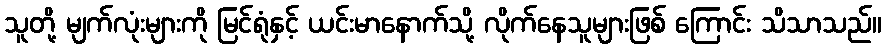
သူတို့ မျက်လုံးများကို မြင်ရုံနှင့် ယင်းမာနောက်သို့ လိုက်နေသူများဖြစ် ကြောင်း သိသာသည်။